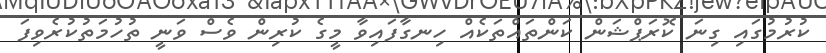
ކުރުމުގައި ގިނަ ކޮރަޕްޝަން ކަންތައްތަކެއް ހިނގާފައިވާ މީގެ ކުރިން ވެސް ވަނީ ތުހުމަތުކުރެވިފަ